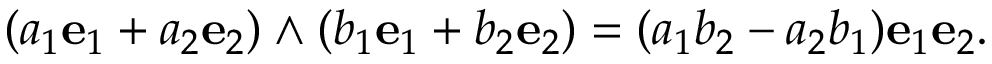
( a _ { 1 } { \mathbf { e } } _ { 1 } + a _ { 2 } { \mathbf { e } } _ { 2 } ) \wedge ( b _ { 1 } { \mathbf { e } } _ { 1 } + b _ { 2 } { \mathbf { e } } _ { 2 } ) = ( a _ { 1 } b _ { 2 } - a _ { 2 } b _ { 1 } ) \mathbf { e } _ { 1 } \mathbf { e } _ { 2 } .